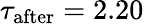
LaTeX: \tau_{\mathrm{after}}=2.20